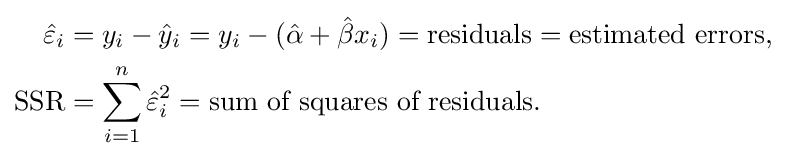
{\begin{aligned}{\hat {\varepsilon }}_{i}&=y_{i}-{\hat {y}}_{i}=y_{i}-({\hat {\alpha }}+{\hat {\beta }}x_{i})={\text{residuals}}={\text{estimated errors}},\\{\text{SSR}}&=\sum _{i=1}^{n}{{\hat {\varepsilon }}_{i}}^{2}={\text{sum of squares of residuals}}.\end{aligned}}